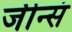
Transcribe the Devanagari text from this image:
जीन्सं